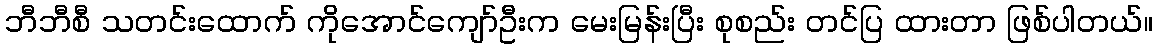
ဘီဘီစီ သတင်းထောက် ကိုအောင်ကျော်ဦးက မေးမြန်းပြီး စုစည်း တင်ပြ ထားတာ ဖြစ်ပါတယ်။